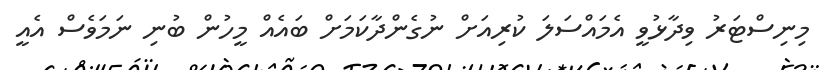
މިނިސްޓަރު ވިދާޅުވީ އެމައްސަލަ ކުރިއަށް ނުގެންދާކަމަށް ބައެއް މީހުން ބުނި ނަމަވެސް އެއީ